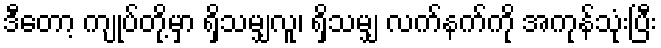
ဒီတော့ ကျုပ်တို့မှာ ရှိသမျှလူ၊ ရှိသမျှ လက်နက်ကို အကုန်သုံးပြီး